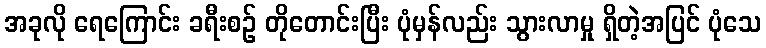
အခုလို ရေကြောင်း ခရီးစဉ် တိုတောင်းပြီး ပုံမှန်လည်း သွားလာမှု ရှိတဲ့အပြင် ပုံသေ